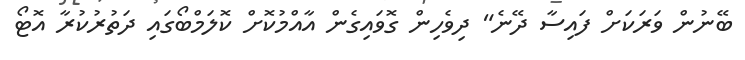
ބޭނުން ވަރަކަށް ފައިސާ ދޭނެ" ދިވެހިން ގޮވައިގެން އާއްމުކޮށް ކޮލަމްބޯގައި ދަތުރުކުރާ އޮޓޯ